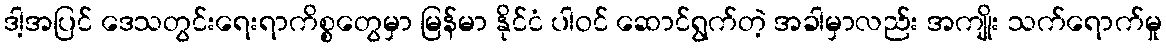
ဒါ့အပြင် ဒေသတွင်းရေးရာကိစ္စတွေမှာ မြန်မာ နိုင်ငံ ပါဝင် ဆောင်ရွက်တဲ့ အခါမှာလည်း အကျိုး သက်ရောက်မှု